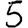
Digit: 5